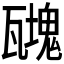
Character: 𤮟